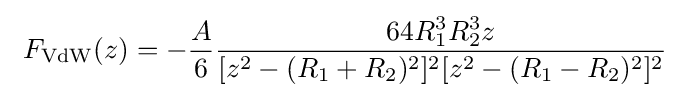
\ F_{\rm {VdW}}(z)=-{\frac {A}{6}}{\frac {64R_{1}^{3}R_{2}^{3}z}{[z^{2}-(R_{1}+R_{2})^{2}]^{2}[z^{2}-(R_{1}-R_{2})^{2}]^{2}}}